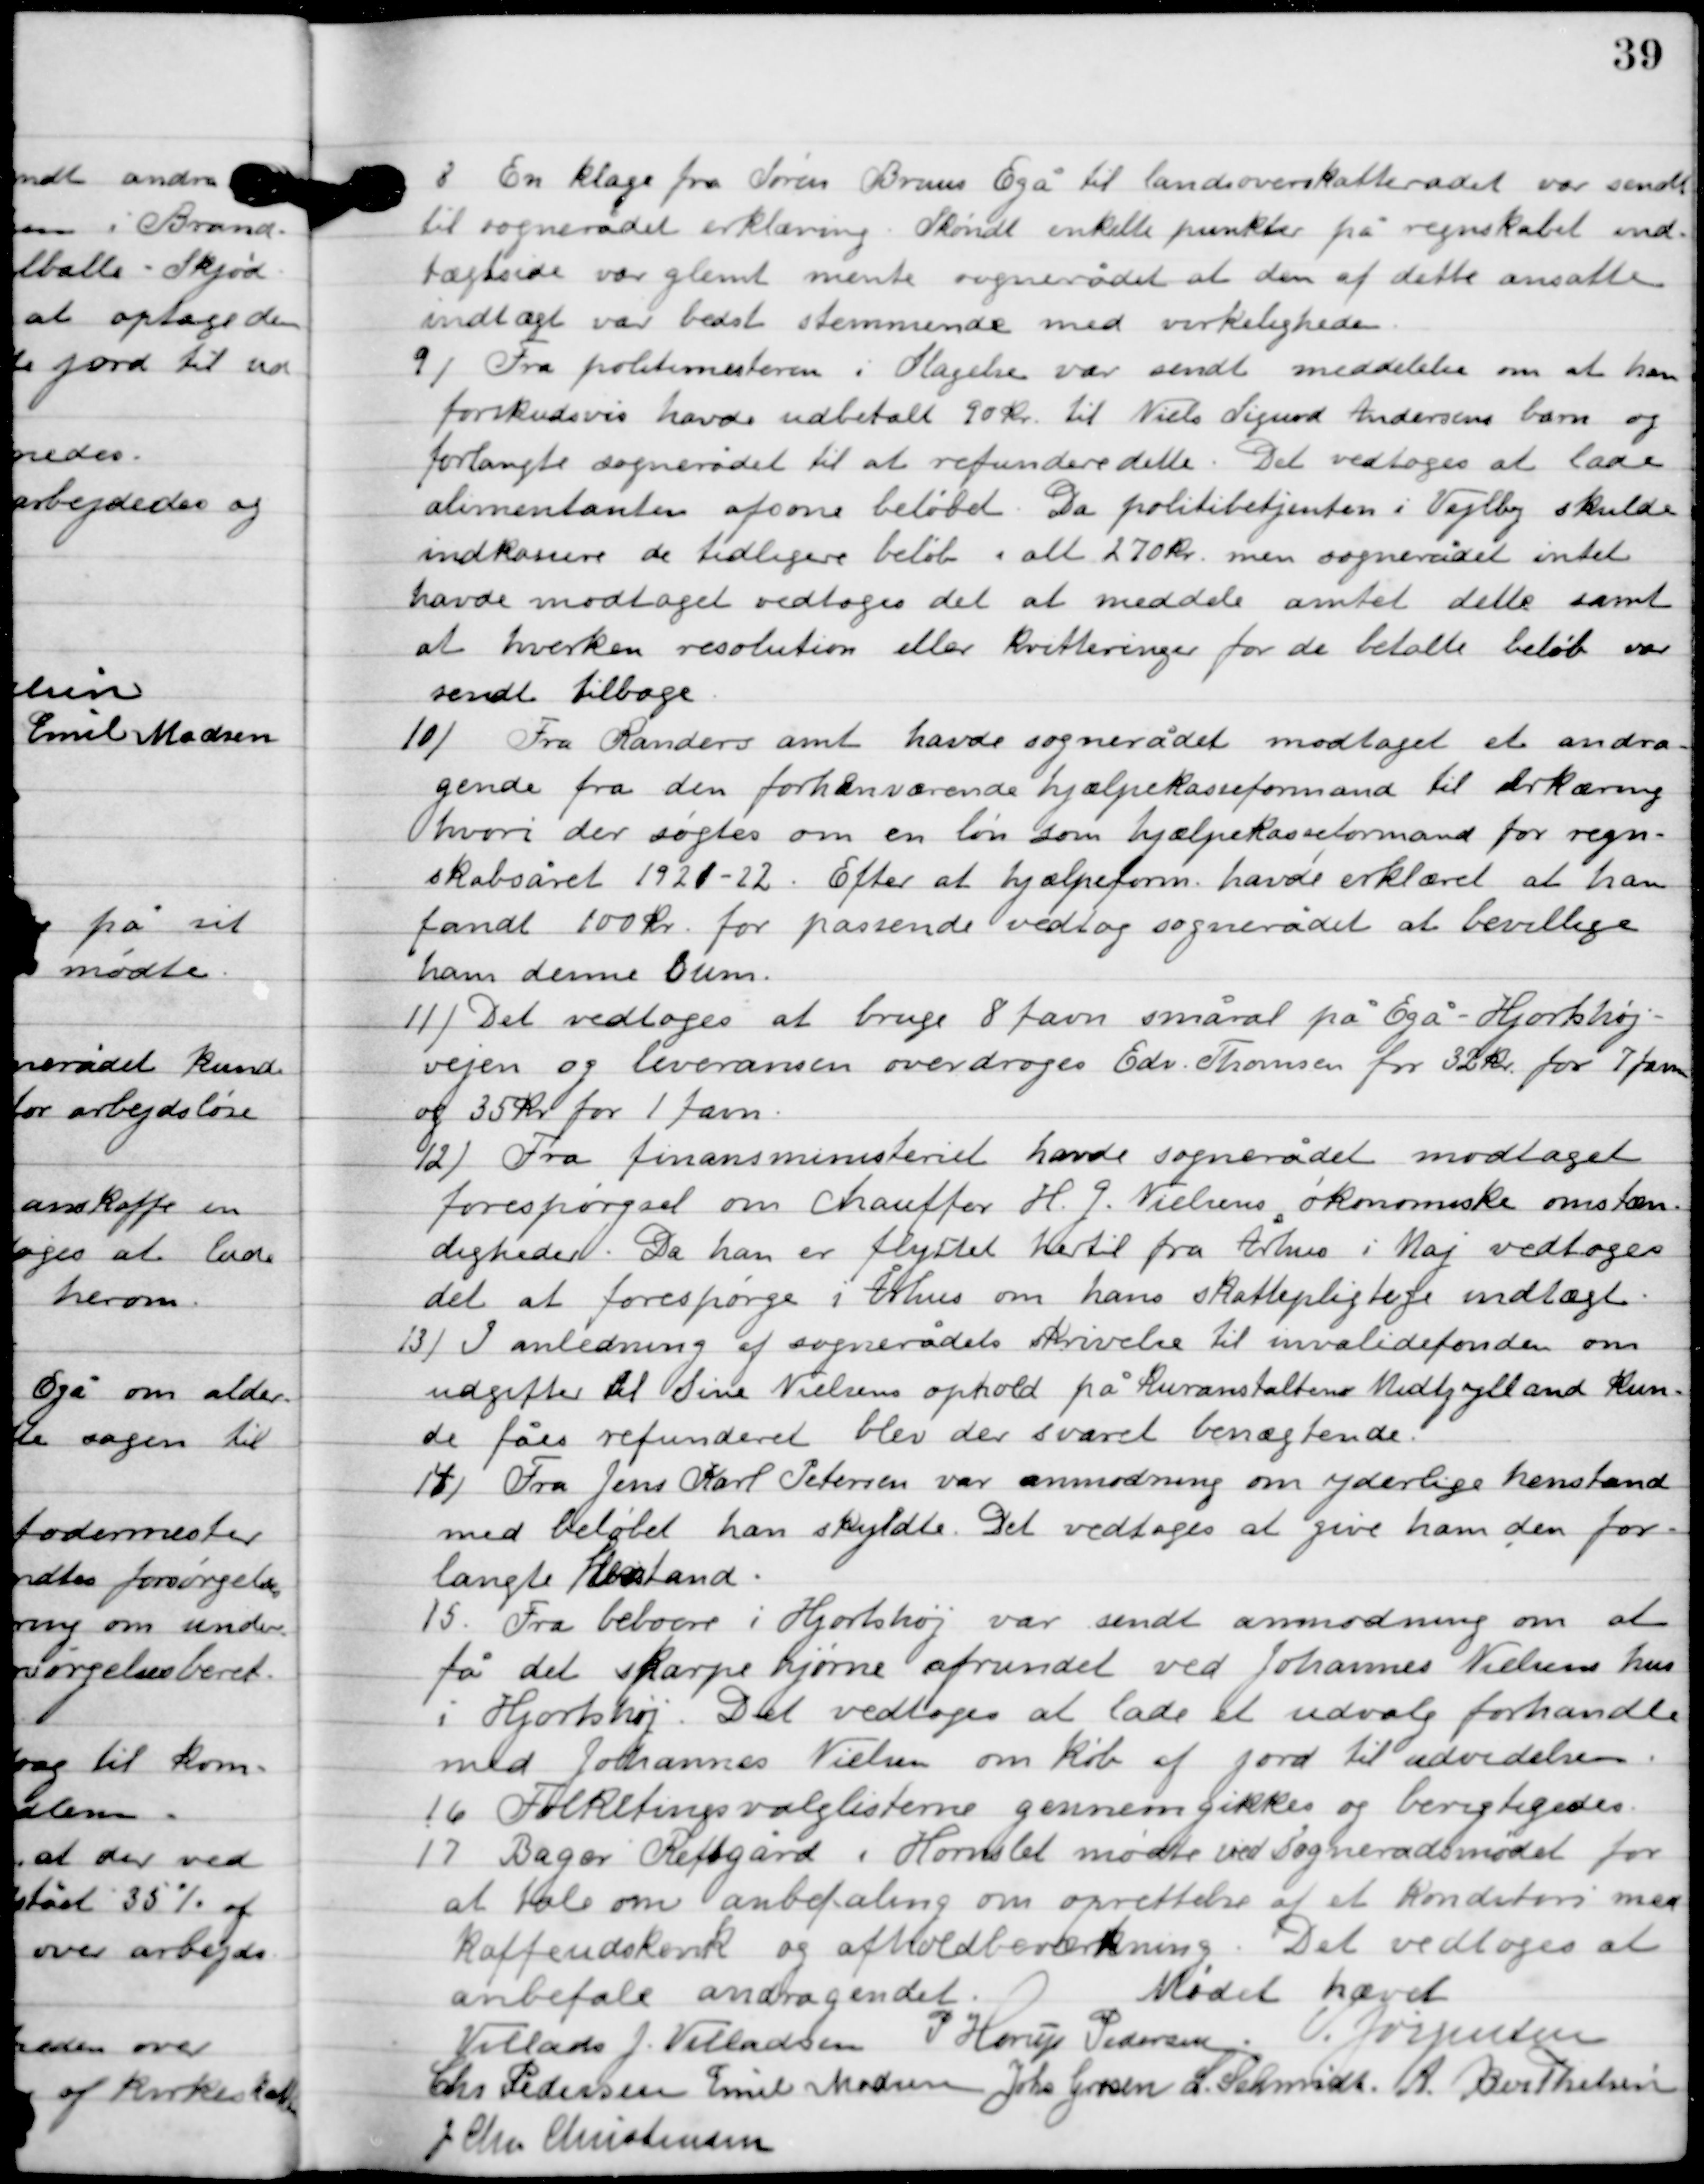
Transskription:
8

En klage fra Søren Bruus Egå til landsoverskatterådet var sendt
til sognerådet erklæring. Skøndt enkelte punkter på regnskabet ind-
tægtside var glemt mente sognerådet at den af dette ansatte
 indtægt var bedst stemmende med virkeligheden.

9

Fra politimesteren i Slagelse var sendt meddelelse om at han
forskudsvis havde udbetalt 90 kr. til Niels Sigurd Andersen barn og
forlangte sognerådet til at refundere dette. Det vedtoges at lade
alimentanten afsone beløbet. Da politibetjenten i Vejlby skulde
indkassere de tidligere beløb i alt 270 kr. men sognerådet intet
havde modtaget vedtoges det at meddels amtet dette samt
at hverken resolution eller kvitteringer for de betalte beløb var
sendt tilbage.

10

Fra Randers amt havde sognerådet modtaget et andra-
gende fra den forhenværende hjælpekasseformand til erklæring
hvori der søgtes om en løn som hjælpekasseformand for regn-
skabsåret 1921-22. efter at hjælpeform. Havde erklæret at han
fandt 100 kr. for passende vedtog sognerådet at bevillige
ham denne sum.

11

Det vedtoges at bruge 8 favn små ral på Egå-Hjortshøj
vejen og leverancen overdroges Edv. Thomsen for 32 kr. for 7 favn
og 35 kr. for 1 favn.

12

Fra finansministeriet havde sognerådet modtaget
forespørgsel om chauffør H.G. Nielsens økonomiske omstæn-
digheder. Da han er flyttet hertil fra Århus i Maj vedtoges
det at forespørge i Århus om hans skattepligtige indtægt.

13

I anledning af sognerådets skrivelse til invalidefonden om
udgifter Al sine Nielsens ophold på Kuranstanten Midtjylland kun-
de fås refunderet blev der svaret benægtende.

14

Fra Jens Karl Petersen var anmodning om yderlige henstand
med beløbet han skyldtes. Det vedtoges at give ham den for-
langte henstand.

15

Fra beboere i Hjortshøj var sendt anmodning om at
få det skarpe hjørne afrundet ved Johannes Nielsens hus
i Hjortshøj. Det vedtoges at lade et udvalg forhandle
med Joannes Nielsen om køb af jord til udvidelsen.

16

Folketingsvalglisterne gennemgikkes og berigtigedes.

17

Bager Refsgård i Hornslet mødte ved sognerådsmødet for
at tale om anbefaling om oprettelse af et konditori med
kaffeudskænk og afhold beværtning. Det vedtoges at
anbefale andragendet.

Mødet hævet

Villads J. Villadsen
P. Horup Pedersen
V. Jørgensen
Chr. Pedersen
Emil Madsen
Johs. Grosen
L. Schmidt
A. Berthelsen
J. Chr. Christensen